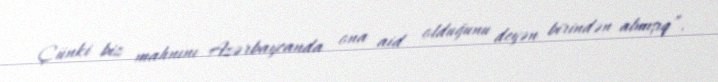
Çünki biz mahnını Azərbaycanda ona aid olduğunu deyən birindən almışıq”.